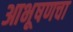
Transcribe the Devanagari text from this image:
आभूषणचा